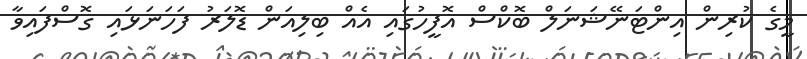
މީގެ ކުރިން އިންޓަނޭޝަނަލް ބޮކްސް އޮފީހުގައި އެއް ބިލިއަން ޑޮލަރު ފަހަނަޅައި ގޮސްފައިވާ